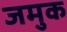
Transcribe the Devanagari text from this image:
जमुक